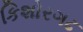
કિશોરગઢ